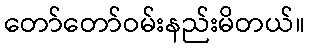
တော်တော်ဝမ်းနည်းမိတယ်။